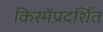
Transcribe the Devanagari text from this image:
किस्मेंप्रदर्शित